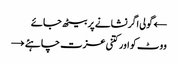
← گولی اگر نشانے پر بیٹھ جائے
ووٹ کو اور کتنی عزت چاہئے →